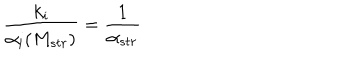
\frac { k _ { i } } { \alpha _ { i } ( M _ { s t r } ) } = { \frac { 1 } { \alpha _ { s t r } } }